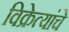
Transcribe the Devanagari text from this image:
विक्रेत्यांचे